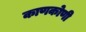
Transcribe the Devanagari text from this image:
काणकोणी